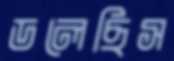
ডলেছিস